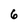
Character: 6